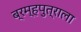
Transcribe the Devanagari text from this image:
ब्रम्हपुत्राला